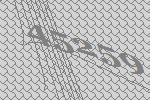
45259